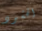
الحشود